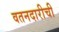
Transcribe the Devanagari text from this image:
वतनदारीची